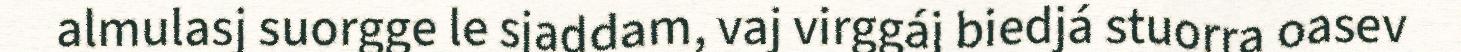
almulasj suorgge le sjaddam, vaj virggáj biedjá stuorra oasev